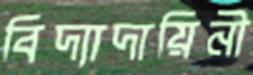
বিদ্যাদায়িনী